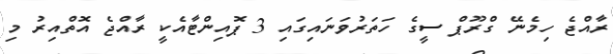
ރާއްޖެ ހިމެނޭ ގްރޫޕް ސީގެ ހަތަރުވަނައިގައި 3 ޕޮއިންޓާއެކީ ރާއްޖެ އޮތްއިރު މި